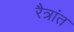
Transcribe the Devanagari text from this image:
रैत्रांत